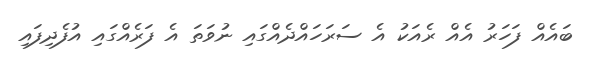
ބައެއް ފަހަރު އެއް ރެއަކު އެ ސަރަހައްދެއްގައި ނުވަތަ އެ ފަރެއްގައި އުފެދިފައި